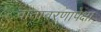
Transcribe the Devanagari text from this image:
वातावरणापेक्षा